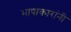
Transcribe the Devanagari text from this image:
भाषाकारांनी